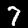
Label: 7